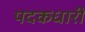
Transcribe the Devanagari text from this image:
पदकधारी